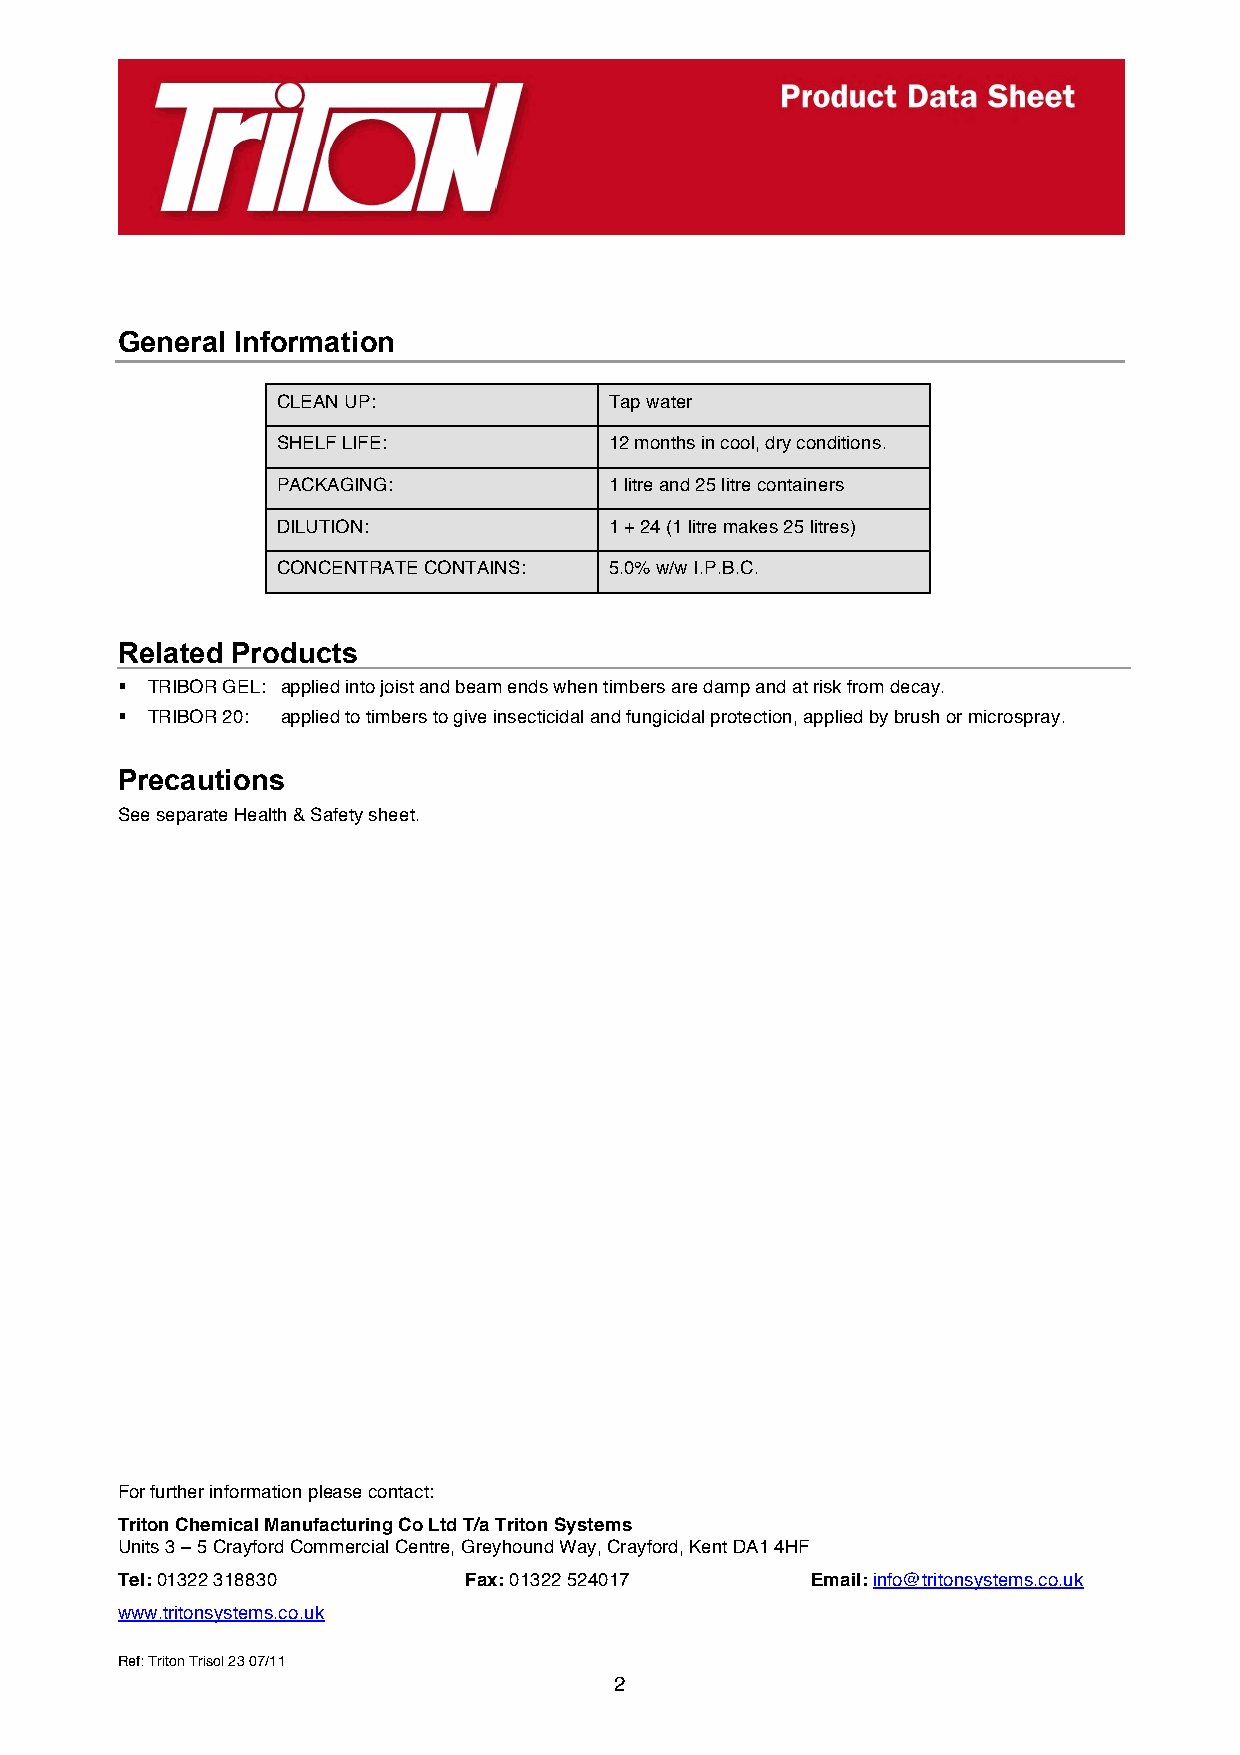
General Information
 CLEAN UP:             Tap water
 SHELF LIFE:           12 months in cool, dry conditions.
 PACKAGING:            1 litre and 25 litre containers
 DILUTION:             1 + 24 (1 litre makes 25 litres)
 CONCENTRATE CONTAINS: 5.0% w/w I.P.B.C.
 Related Products
  TRIBOR GEL: applied into joist and beam ends when timbers are damp and at risk from decay.
  TRIBOR 20: applied to timbers to give insecticidal and fungicidal protection, applied by brush or microspray.
 Precautions
 See separate Health & Safety sheet.
 For further information please contact:
 Triton Chemical Manufacturing Co Ltd T/a Triton Systems
 Units 3 – 5 Crayford Commercial Centre, Greyhound Way, Crayford, Kent DA1 4HF
 Tel: 01322 318830      Fax: 01322 524017      Email: info@tritonsystems.co.uk
 www.tritonsystems.co.uk
 Ref: Triton Trisol 23 07/11
 2
 Ref: Triton Swellseal Mastic 11/10